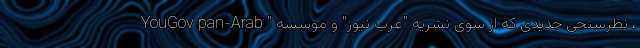
، نظرسنجی جدیدی که از سوی نشریه "عرب نیوز" و موسسه " YouGov pan-Arab